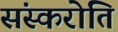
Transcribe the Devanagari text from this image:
संस्करोति